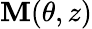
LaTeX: \mathbf{M}(\theta,z)